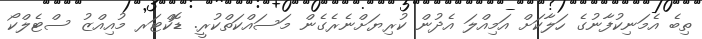
ތިބެ އެމަނިކުފާނުގެ ހަލާކަށް އަމިއްލަ އެދުން ކުރިޔަށްނެރެގެން މަސައްކަތްކުރީ. ޑޮކްޓަރ މުއިއްޒު ސްޓެލްކޯ